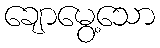
ချောမွေ့သော